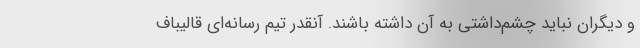
و دیگران نباید چشم‌داشتی به آن داشته باشند. آنقدر تیم رسانه‌ای قالیباف